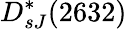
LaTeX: D_{sJ}^{*}(2632)